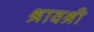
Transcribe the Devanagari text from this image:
श्रावश्री